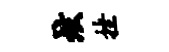
炫挫